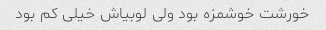
خورشت خوشمزه بود ولی لوبیاش خیلی کم بود